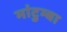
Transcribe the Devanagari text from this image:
मांटुम्बा